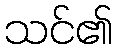
သင်၏